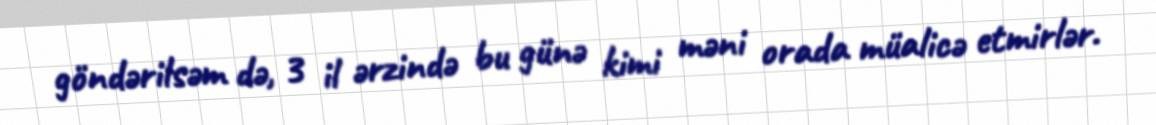
göndərilsəm də, 3 il ərzində bu günə kimi məni orada müalicə etmirlər.